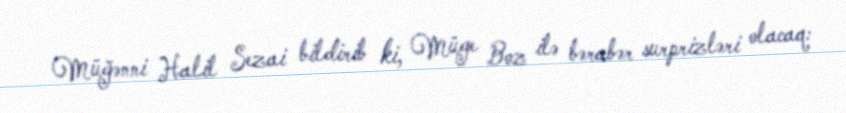
Müğənni Halil Sezai bildirib ki, Müge Boz ilə bərabər surprizləri olacaq: